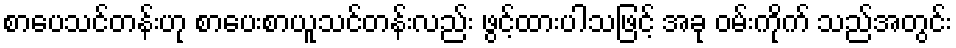
စာပေသင်တန်းဟု စာပေးစာယူသင်တန်းလည်း ဖွင့်ထားပါသဖြင့် အခု ဝမ်းကိုက် သည်အတွင်း